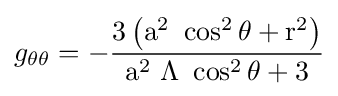
g_{\rm {\theta \theta }}={\rm {-{\frac {3\left(a^{2}\ \cos ^{2}\theta +r^{2}\right)}{a^{2}\ \Lambda \ \cos ^{2}\theta +3}}}}